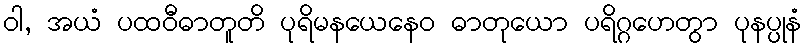
ဝါ, အယံ ပထဝီဓာတူတိ ပုရိမနယေနေဝ ဓာတုယော ပရိဂ္ဂဟေတွာ ပုနပ္ပုနံ